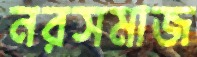
নরসমাজ